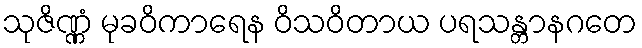
သုဇိဏ္ဏံ မုခဝိကာရေန ဝိသဝိတာယ ပရသန္တာနဂတေ